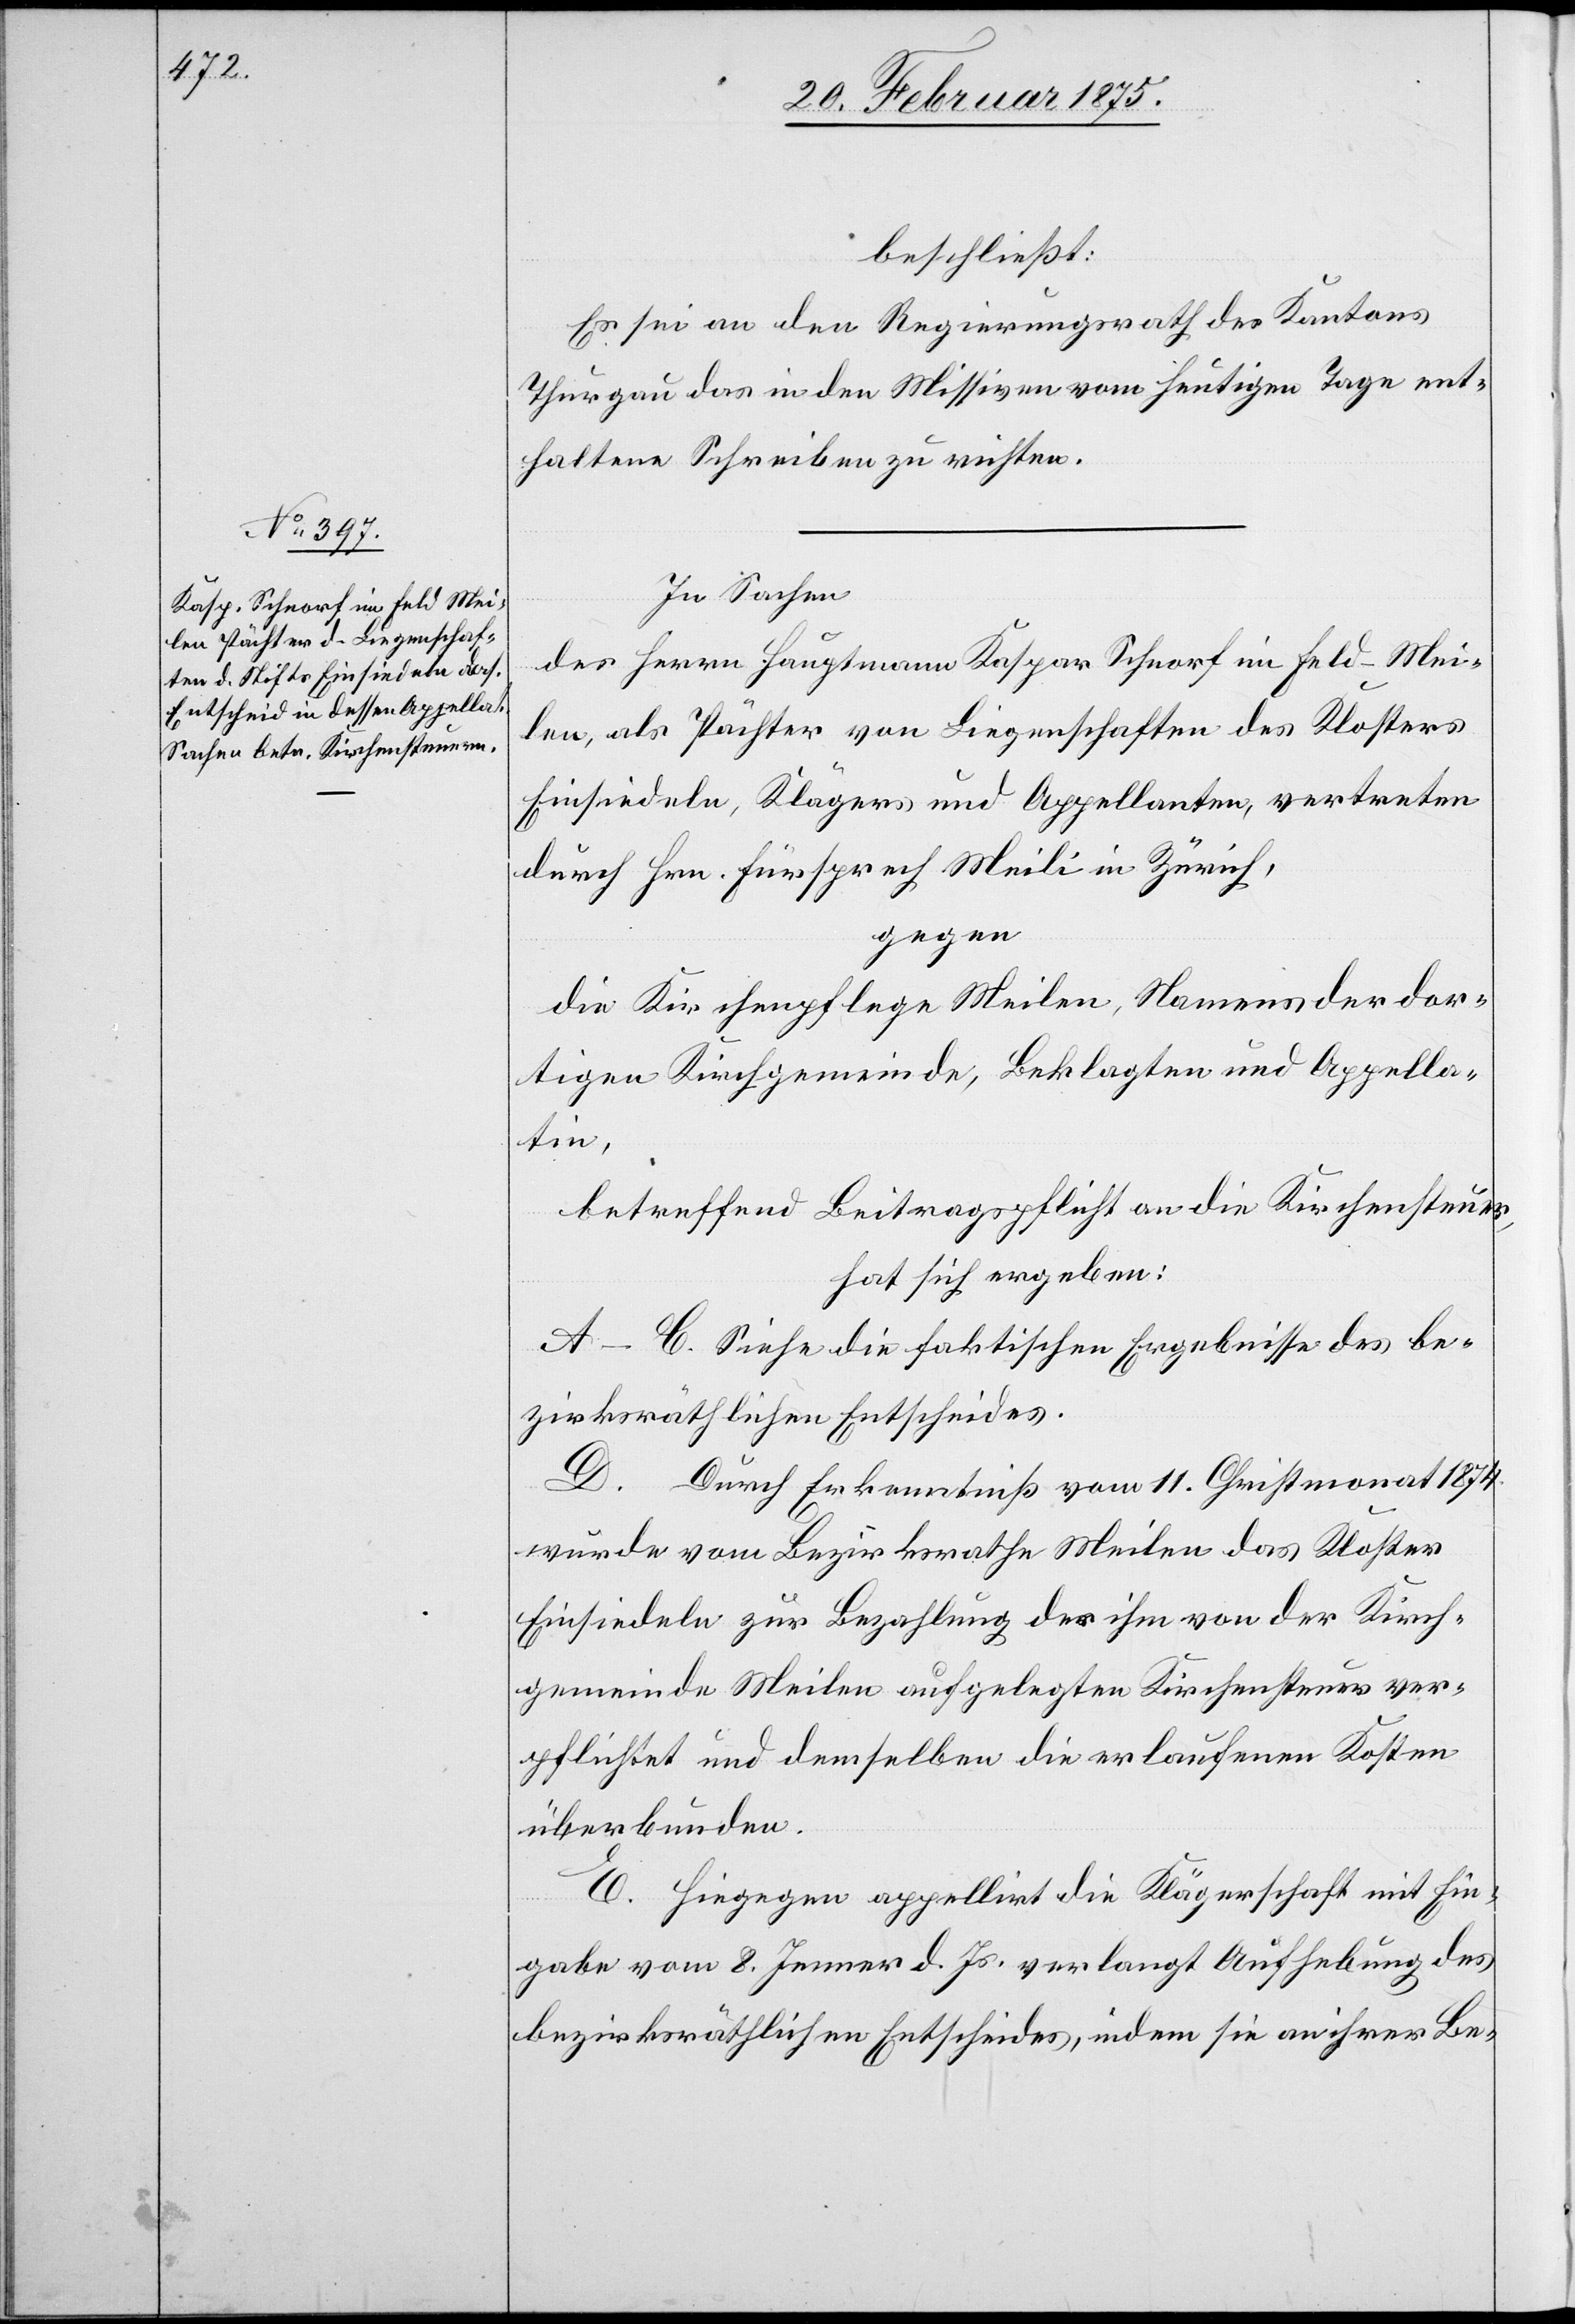
beschließt:
Es sei an den Regierungsrath des Kantons
Thurgau das in den Missiven vom heutigen Tage ent¬
haltene Schreiben zu richten.
In Sachen
des Herrn Hauptmann Kaspar Schnorf im Feld - Mei¬
len, als Pächter von Liegenschaften des Klosters
Einsiedeln, Klägers und Appellanten, vertreten
durch Hrn. Fürsprech Meili in Zürich,
gegen
die Kirchenpflege Meilen, Namens der dor¬
tigen Kirchgemeinde, Beklagten und Appella¬
tin,
betreffend Beitragspflicht an die Kirchensteuer,
hat sich ergeben:
A–C. Siehe die faktischen Ergebnisse des be¬
zirksräthlichen Entscheides.
D. Durch Erkenntnis vom 11. Christmonat 1874
wurde vom Bezirksrathe Meilen das Kloster
Einsiedeln zur Bezahlung der ihm von der Kirch¬
gemeinde Meilen aufgelegten Kirchensteuer ver¬
pflichtet und demselben die erlaufenen Kosten
überbunden.
E. Hiegegen appellirt die Klägerschaft mit Ein¬
gabe vom 8. Jenner d. Js. verlangt Aufhebung des
bezirksräthlichen Entscheides, indem sie an ihrer Be-